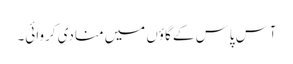
آس پاس کے گاؤں میں منادی کروائی۔